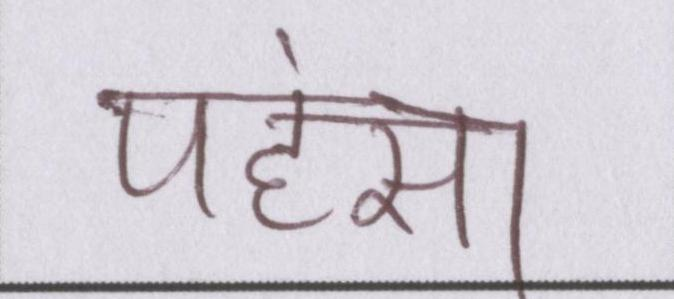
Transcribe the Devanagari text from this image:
पहंसा